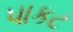
પાકટ